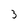
Character: 3